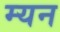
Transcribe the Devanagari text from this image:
म्यन